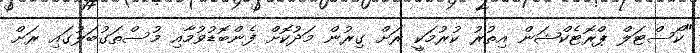
"ކޯސްޓަލް ޕްރޮޓެކްޝަން އިތުރު ކުރުމަކީ ރަށް ގިރުން މަދުކޮށް ފެންބޮޑުވުމާއި މުސްތަގުބަލުގައި ރަށް